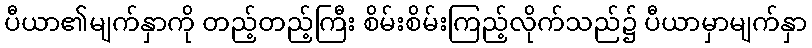
ပီယာ၏မျက်နှာကို တည့်တည့်ကြီး စိမ်းစိမ်းကြည့်လိုက်သည်၌ ပီယာမှာမျက်နှာ